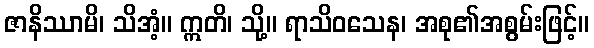
ဇာနိဿာမိ၊ သိအံ့။ ဣတိ၊ သို့။ ရာသိဝသေန၊ အစု၏အစွမ်းဖြင့်။